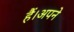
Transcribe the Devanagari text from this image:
हैं।अपने